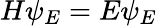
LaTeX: H\psi_{E}=E\psi_{E}